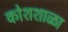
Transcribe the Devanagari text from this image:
कोशशाळा